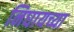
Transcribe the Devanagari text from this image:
निघायच्या